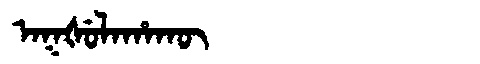
Manchu: ᠠᡴᡧᡠᠯᠠᡥᠠᡴᡡ
Romanization: AKŠULAHAKŪ